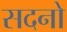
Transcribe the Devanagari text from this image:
सदनो